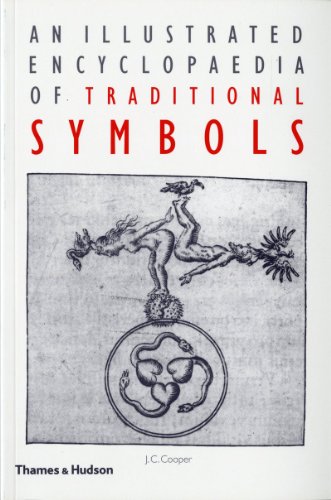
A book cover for An Illustrated Encyclopaedia of Traditional Symbols; J. C. Cooper; Reference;